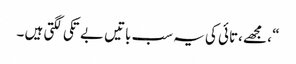
“ ، مجھے ،تائی کی یہ سب باتیں بے تکی لگتی ہیں ۔